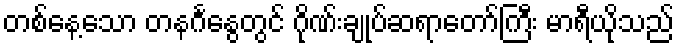
တစ်နေ့သော တနင်္ဂနွေတွင် ဂိုဏ်းချုပ်ဆရာတော်ကြီး မာရီယိုသည်